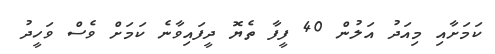
ކަމަށާއި މިއަދު އަލުން 40 ފީފާ ތެޔޮ ދީފައިވާނެ ކަމަށް ވެސް ވަހީދު